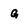
Character: g